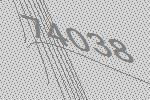
74038